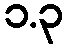
၁.၃